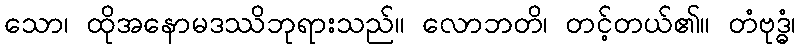
သော၊ ထိုအနောမဒဿိဘုရားသည်။ လောဘတိ၊ တင့်တယ်၏။ တံဗုဒ္ဓံ၊